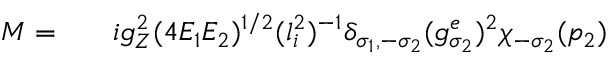
\begin{array} { r l r } { { \cal M } = } & { { } } & { i g _ { Z } ^ { 2 } ( 4 E _ { 1 } E _ { 2 } ) ^ { 1 / 2 } ( l _ { i } ^ { 2 } ) ^ { - 1 } \delta _ { \sigma _ { 1 } , - \sigma _ { 2 } } ( g _ { \sigma _ { 2 } } ^ { e } ) ^ { 2 } \chi _ { - \sigma _ { 2 } } ( p _ { 2 } ) } \end{array}